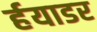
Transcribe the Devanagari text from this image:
र्हयाडर